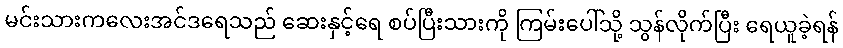
မင်းသားကလေးအင်ဒရေသည် ဆေးနှင့်ရေ စပ်ပြီးသားကို ကြမ်းပေါ်သို့ သွန်လိုက်ပြီး ရေယူခဲ့ရန်